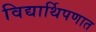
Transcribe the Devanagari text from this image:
विद्यार्थिपणात